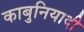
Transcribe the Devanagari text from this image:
काबुनियादी